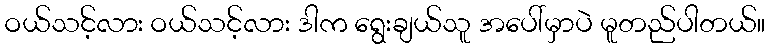
ဝယ်သင့်လား ဝယ်သင့်လား ဒါက ရွေးချယ်သူ အပေါ်မှာပဲ မူတည်ပါတယ်။